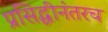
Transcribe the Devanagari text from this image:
प्रसिद्धीनंतरच